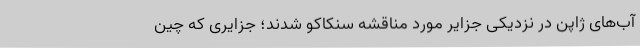
آب‌های ژاپن در نزدیکی جزایر مورد مناقشه سنکاکو شدند؛ جزایری که چین